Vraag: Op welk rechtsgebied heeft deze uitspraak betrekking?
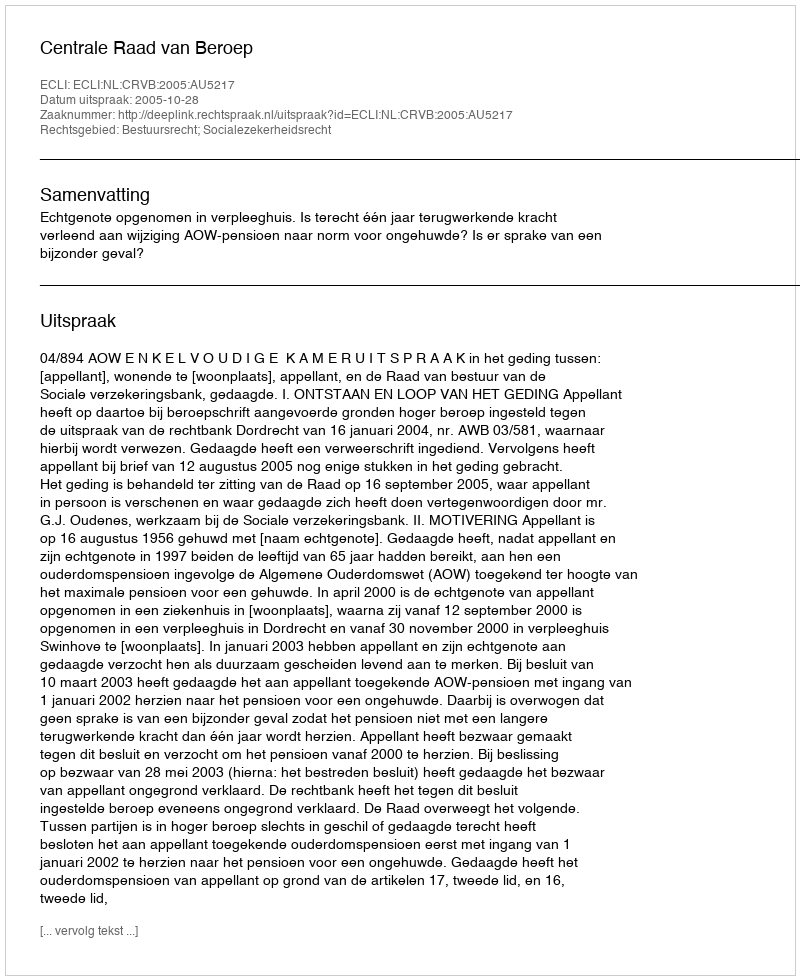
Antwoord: Bestuursrecht; Socialezekerheidsrecht